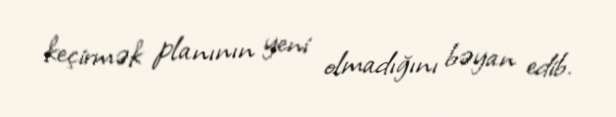
keçirmək planının yeni olmadığını bəyan edib.